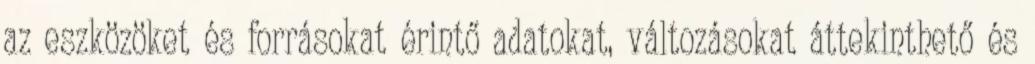
az eszközöket és forrásokat érintő adatokat, változásokat áttekinthető és